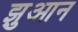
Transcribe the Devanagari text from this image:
झुआन